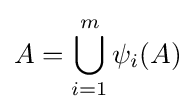
A=\bigcup _{i=1}^{m}\psi _{i}(A)